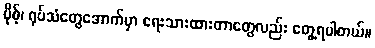
ပိုစ့်၊ ရုပ်သံတွေအောက်မှာ ရေးသားထားတာတွေလည်း တွေ့ရပါတယ်။